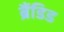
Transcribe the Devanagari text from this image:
ब्रैंडिड